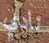
نادي